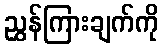
ညွှန်ကြားချက်ကို